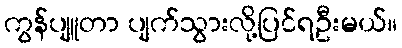
ကွန်ပျူတာ ပျက်သွားလို့ပြင်ရဦးမယ်။